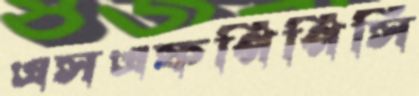
এসএফপিপিসি